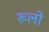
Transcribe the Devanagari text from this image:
ख्लो